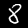
Digit: 8